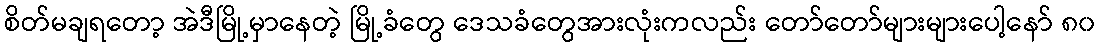
စိတ်မချရတော့ အဲဒီမြို့မှာနေတဲ့ မြို့ခံတွေ ဒေသခံတွေအားလုံးကလည်း တော်တော်များများပေါ့နော် ၈၀